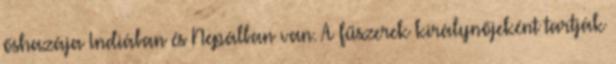
őshazája Indiában és Nepálban van. A fűszerek királynőjeként tartják